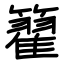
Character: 籊